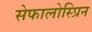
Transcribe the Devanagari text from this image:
सेफालोस्प्रिन